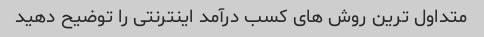
متداول ترین روش های کسب درآمد اینترنتی را توضیح دهید